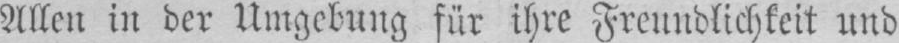
Allen in der Umgebung für ihre Freundlichkeit und